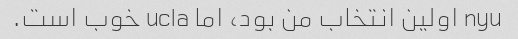
nyu اولین انتخاب من بود، اما ucla خوب است.